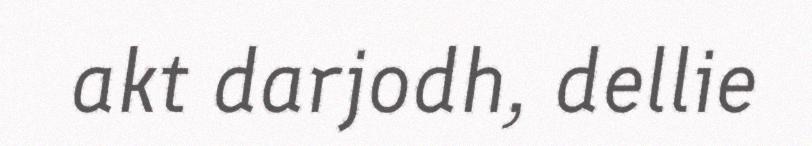
akt darjodh, dellie